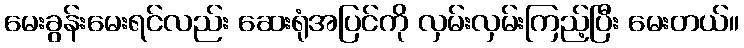
မေးခွန်းမေးရင်လည်း ဆေးရုံအပြင်ကို လှမ်းလှမ်းကြည့်ပြီး မေးတယ်။